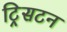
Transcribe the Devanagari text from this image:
ट्रिसटन